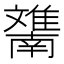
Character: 𲉯